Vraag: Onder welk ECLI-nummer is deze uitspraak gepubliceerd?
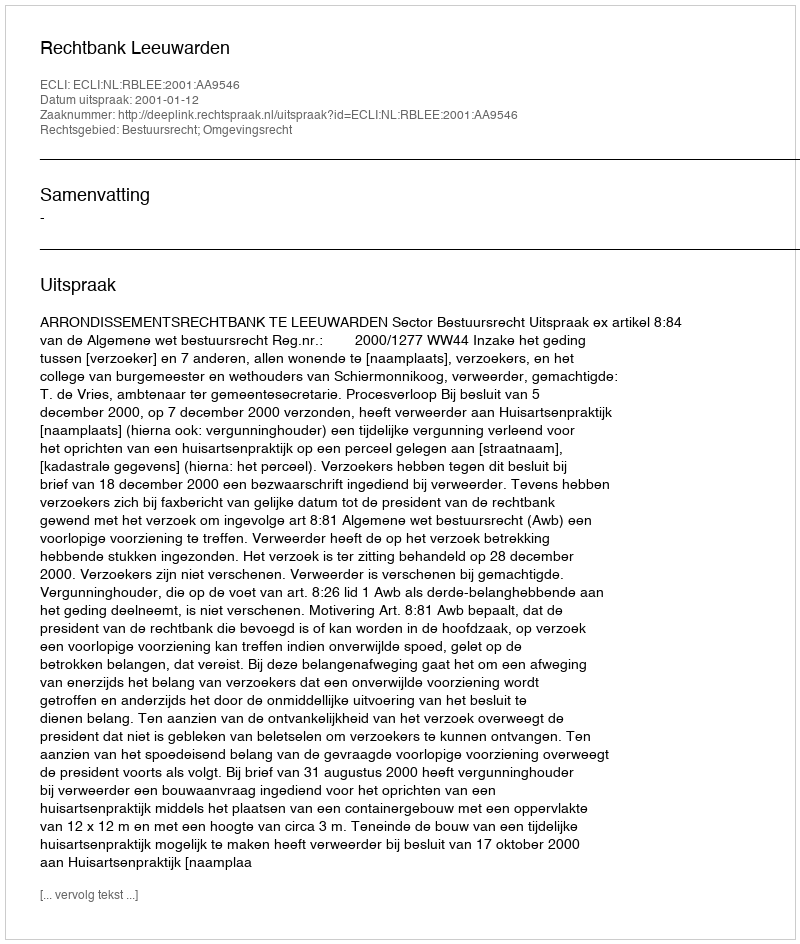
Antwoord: ECLI:NL:RBLEE:2001:AA9546